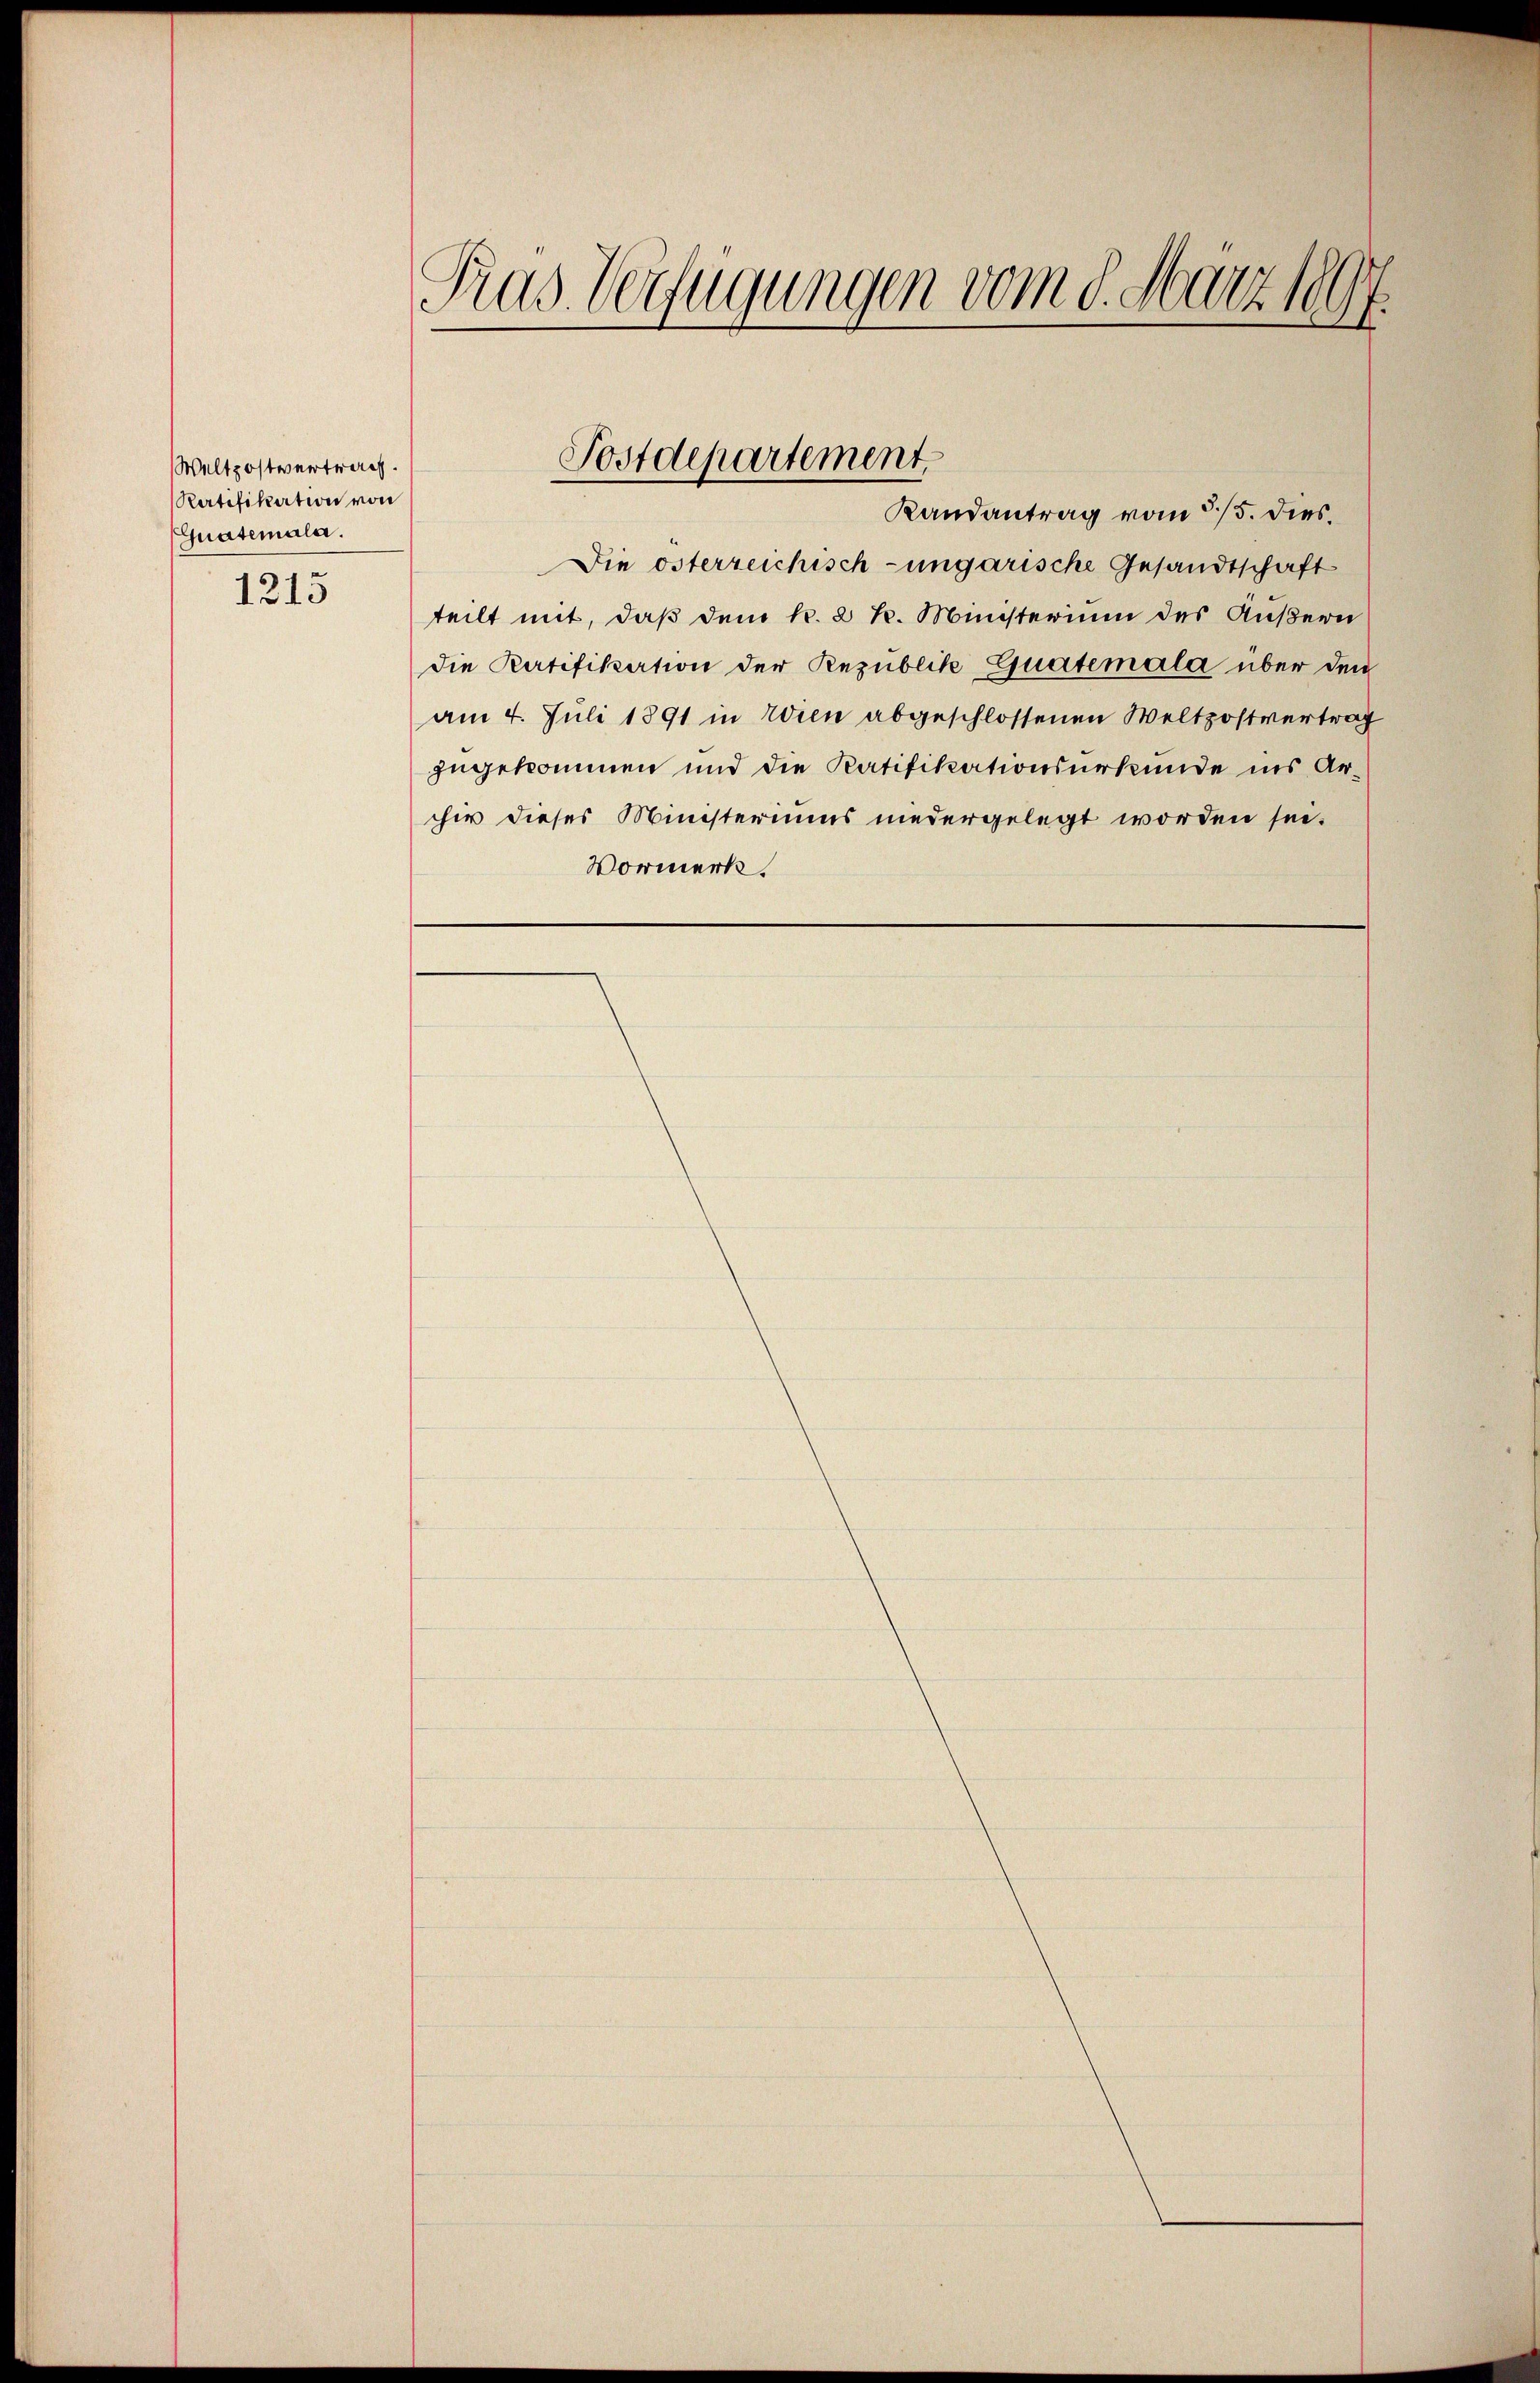
Weltpostvertrag.
Ratifikation von
Guatemala.
1215

Tras Verfügungen vom 8. März 1891

Postdepartement
Randantrag vom 3/5. dies

Die österreichisch-ungarische Gesandtschaft
teilt mit, daß dem k. 2 K. Ministerium des Äußern
die Ratifikation der Republik Guatemala über den
am 4. Juli 1891 in Wien abgeschlossenen Weltzostvertrag
zugekommen und die Ratifikationsurkunde ins Archiv dieses Ministeriums niedergelegt worden sei.
Vormerk.